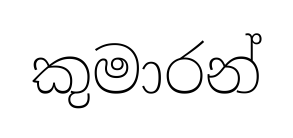
කුමාරන්